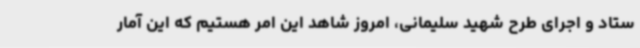
ستاد و اجرای طرح شهید سلیمانی، امروز شاهد این امر هستیم که این آمار